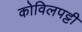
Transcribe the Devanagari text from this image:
कोविलपट्टी